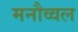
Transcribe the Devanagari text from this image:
मनौव्वल